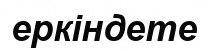
еркіндете